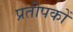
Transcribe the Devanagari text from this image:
प्रतीपकों